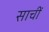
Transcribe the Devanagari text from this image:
साचीं